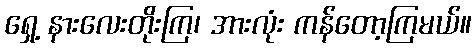
ရှေ့ နားလေးတိုးကြ၊ အားလုံး ကန်တော့ကြမယ်။